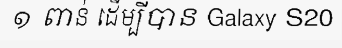
១ ពាន់ ដើម្បីបាន Galaxy S20